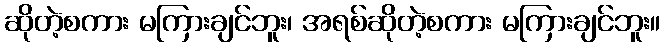
ဆိုတဲ့စကား မကြားချင်ဘူး၊ အရစ်ဆိုတဲ့စကား မကြားချင်ဘူး။